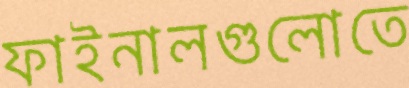
ফাইনালগুলোতে